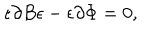
\epsilon \partial B \epsilon - \epsilon \partial \Phi = 0 , \,